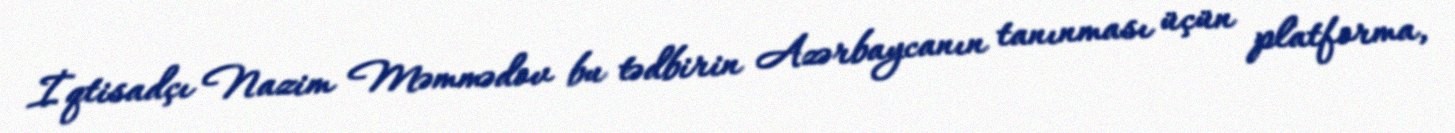
İqtisadçı Nazim Məmmədov bu tədbirin Azərbaycanın tanınması üçün platforma,